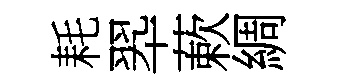
耗翆蔌綢